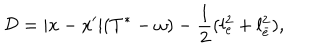
LaTeX: { \cal D } = | x - x ^ { \prime } | ( T ^ { * } - \omega ) - \frac { 1 } { 2 } ( l _ { e } ^ { 2 } + l _ { \bar { e } } ^ { 2 } ) ,